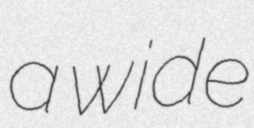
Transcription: a wide